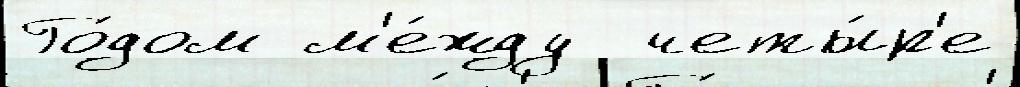
Го́дом м'е́жду  четы́р'е